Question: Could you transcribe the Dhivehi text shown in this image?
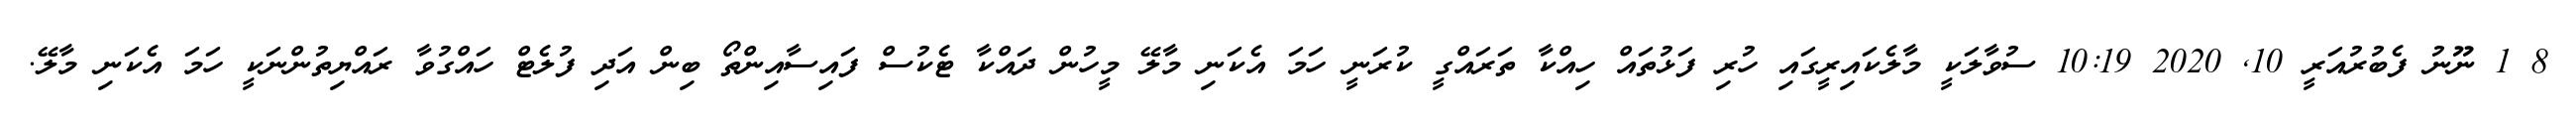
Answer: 8 1 ނޫނު ފެބުރުއަރީ 10, 2020 10:19 ސުވާލަކީ މާލެކައިރީގައި ހުރި ފަޅުތައް ހިއްކާ ތަރައްގީ ކުރަނީ ހަމަ އެކަނި މާލޭ މީހުން ދައްކާ ޓެކުސް ފައިސާއިންތޯ ބިން އަދި ފުލެޓް ހައްގުވާ ރައްޔިތުންނަކީ ހަމަ އެކަނި މާލޭ.